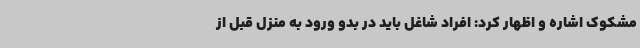
مشکوک اشاره و اظهار کرد: افراد شاغل باید در بدو ورود به منزل قبل از